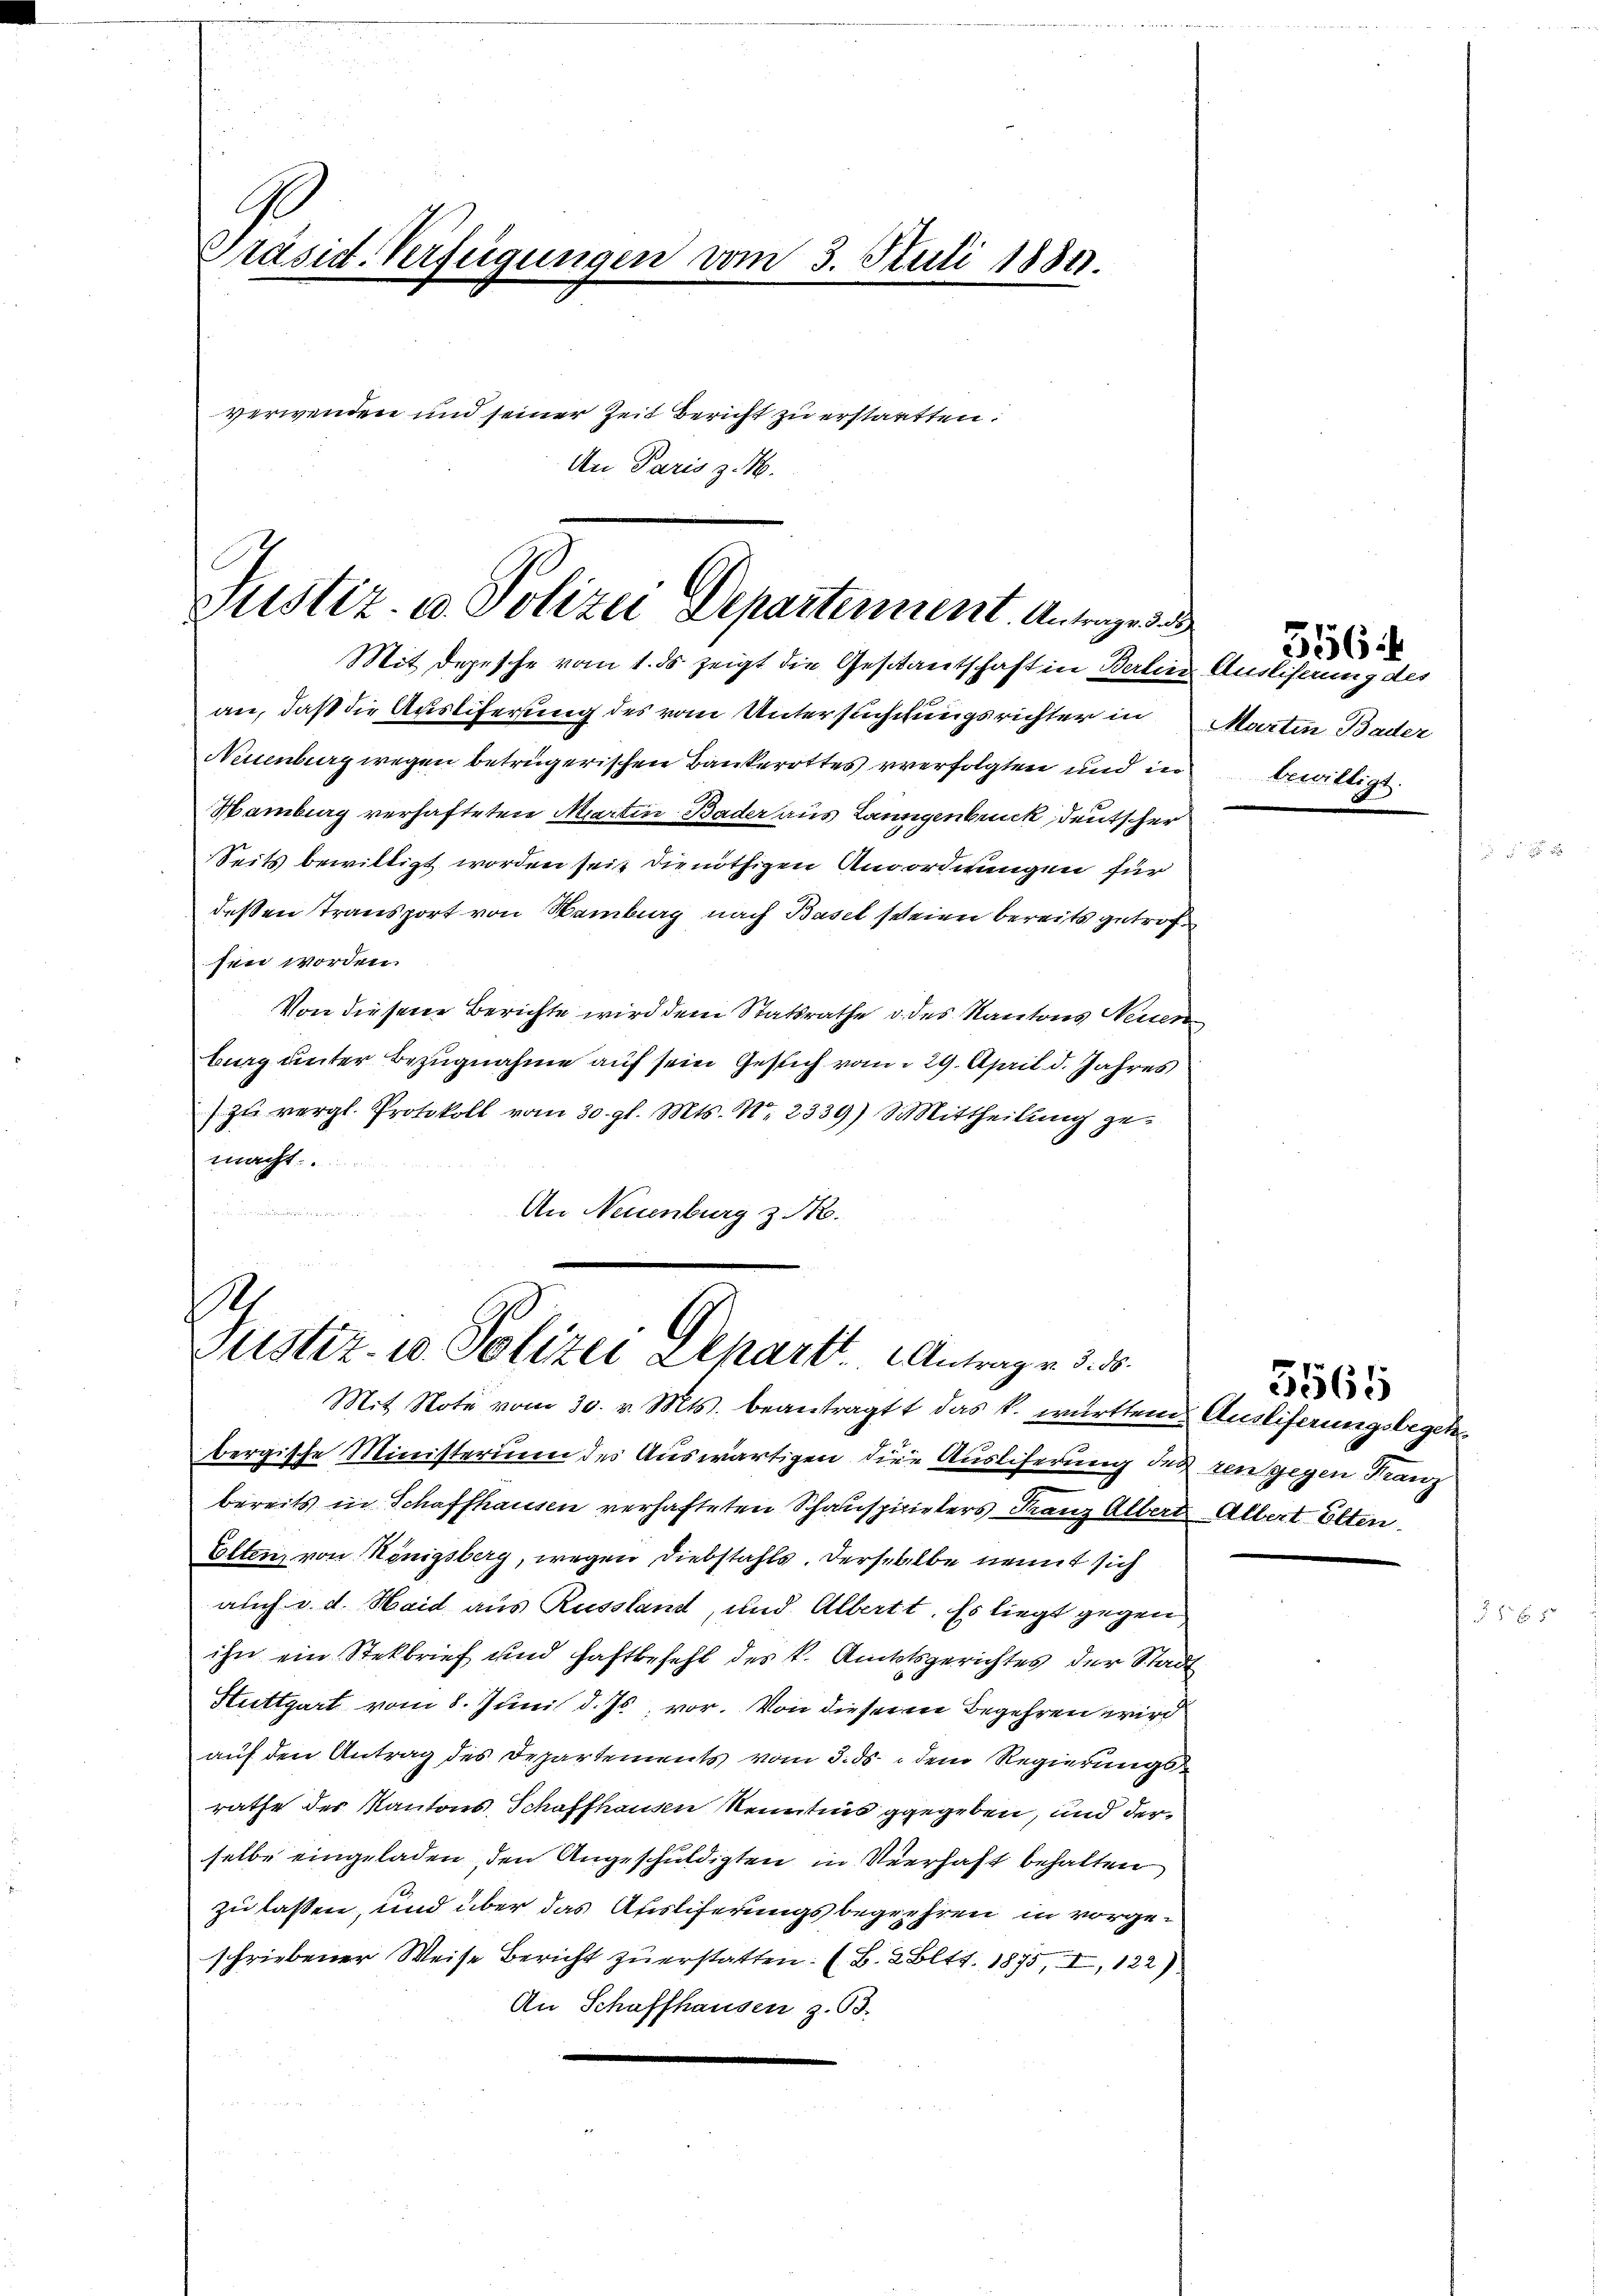
C
Präsid-Verfügungen vom 3. Stuli 1884.
verwenden und seiner Zeit bericht zu erstaetten:
An Paris z. B.

Justiz- u. Polizei Departement. Antrages d
Mit Depesche vom 1. ds zeigt die Gestantschaft in Berlin Auslieferung des

an, daß die Ausliferung des vom Untersuchungsrichter in Martin Bader
Neuenburg wegen betrügerischen Bankerottes verfolgten und in
Hamburg verhafteten Martin Bader aus Lanngenbruck, deutscher
Seits bewilligt worden seit die nöthigen Anordnungen für
deßen Transport von Hamburg nach Basel seien bereits getrofsen worden.
Von diesen Berichte wird dem Statsrathe u. des Kantons Neuern
burg unter Bezugnahme auf sein Gesich vom 29. April d. Jahres
 zŭ vergl. Protokoll vom 30. gl. Mts. No. 2339) Mittheilung ge-
macht.

An Neuenburg z. B.

.
Justiz- u. Polizei Depart Antrage 3. ds.

Mit Note vom 30. v. Mts. beantragt das k. württem Ausliferungsbegeh
bergische Ministerium des Auswärtigen dere Auslicherung des ren gegen Franz
bereits in Schaffhausen verhafteten Schauspizielers Franz Albert Albert Otten
Etten, von Königsberg, wegen Diebstahls. Derselbe nennt sich
auch d. d. Haid aus Russland, und Albertt. Es liegt gegen,
ihn ein Stekbrief und haftbehaft des k. Ruttsgerichtes der Stadt
Stuttgart vom 8. Juni d. Js., vor. Von dieser Begehren wird
auf den Antrag des Departements vom 3. ds. dem Regierungsrathe des Kantons Schaffhausen kenntnis gegeben, und derselbe eingeladen, den Angeschuldigten in Verhaft behalten
zu lassen, und über das Auslieferungsbegrühren in vorgeschriebener Weise Bericht zu erstatten. (B. 2. Bett. 1875, I, 122)
An Schaffhausen z. 63.

bewilligt.

556

5565